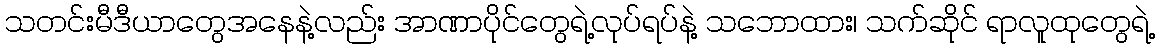
သတင်းမီဒီယာတွေအနေနဲ့လည်း အာဏာပိုင်တွေရဲ့လုပ်ရပ်နဲ့ သဘောထား၊ သက်ဆိုင် ရာလူထုတွေရဲ့